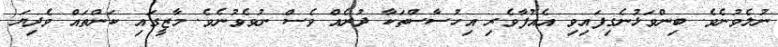
ނުލެވުނެވެ. ބިންވަޅުނެގިފައިވި އެއުފާވެރި އިހުސާސްތަކާ ދުރެއް ވެސް ނުވެވުނެވެ. މާޒީގައި ކަންތައް ވެދިޔަ